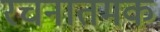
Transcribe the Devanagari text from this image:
रचनातमक